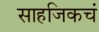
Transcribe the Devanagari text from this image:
साहजिकचं